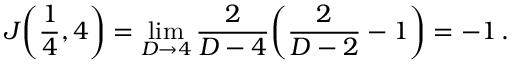
J \bigg ( \frac { 1 } { 4 } , 4 \bigg ) = \operatorname* { l i m } _ { D \rightarrow 4 } \frac { 2 } { D - 4 } \bigg ( \frac { 2 } { D - 2 } - 1 \bigg ) = - 1 \, .